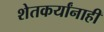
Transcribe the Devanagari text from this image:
शेतकर्यांनाही